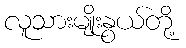
လူသားမျိုးနွယ်တို့